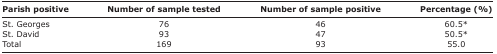
<table><thead><tr><td><b>Parish positive</b></td><td><b>Number of sample tested</b></td><td><b>Number of sample positive</b></td><td><b>Percentage (%)</b></td></tr></thead><tbody><tr><td>St. Georges</td><td>76</td><td>46</td><td>60.5*</td></tr><tr><td>St. David</td><td>93</td><td>47</td><td>50.5*</td></tr><tr><td>Total</td><td>169</td><td>93</td><td>55.0</td></tr></tbody></table>